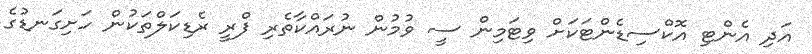
އަދި އެންޓި އޮކްސިޑެންޓަކަށް ވިޓަމިން ސީ ވުމުން ނުރައްކާތެރި ފްރީ ރެޑިކަލްތަކުން ހަށިގަނޑުގެ